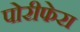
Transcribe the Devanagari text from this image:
पोरीफेरा